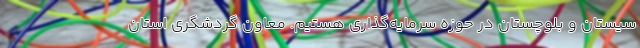
سیستان و بلوچستان در حوزه سرمایه‌گذاری هستیم. معاون گردشگری استان